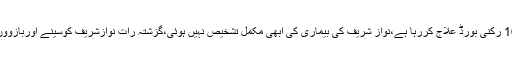
سربراہ میڈیکل بورڈ نے عدالت کو بتایا کہ پہلے 6 رکنی میڈیکل بورڈ تھا اس کے بعد 9 اوراب 10 رکنی بورڈ علاج کررہا ہے،نواز شریف کی بیماری کی ابھی مکمل تشخیص نہیں ہوئی،گزشتہ رات نوازشریف کوسینے اوربازووں میں بھی تکلیف ہوئی،نواز شریف تب سفرکر سکتے ہیں جب ان کے پلیٹ لیٹس 50ہزار ہوں گے۔